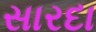
સારદા